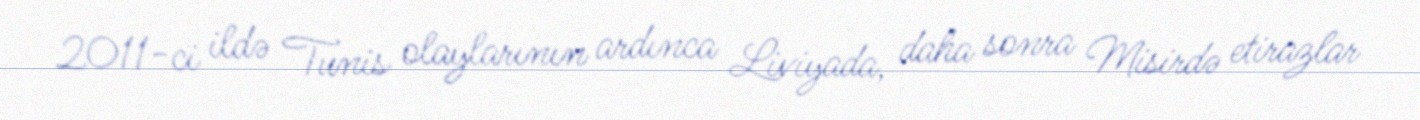
2011-ci ildə Tunis olaylarının ardınca Liviyada, daha sonra Misirdə etirazlar